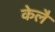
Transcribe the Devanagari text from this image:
केलै